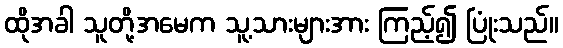
ထိုအခါ သူတို့အမေက သူ့သားများအား ကြည့်၍ ပြုံးသည်။